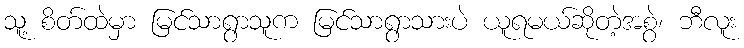
သူ့ စိတ်ထဲမှာ မြင်သာရွာသူက မြင်သာရွာသားပဲ ယူရမယ်ဆိုတဲ့အစွဲ၊ ဘီလူး